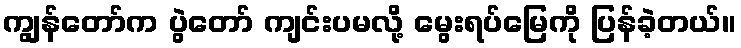
ကျွန်တော်က ပွဲတော် ကျင်းပမလို့ မွေးရပ်မြေကို ပြန်ခဲ့တယ်။